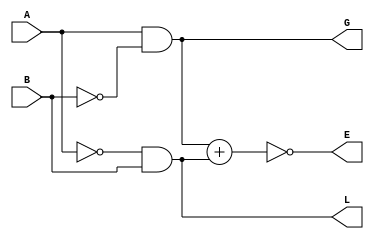
module mag_comp(
    input A,B,
    output L,E,G
    );
	assign G=A&~B;
assign L=~A&B;
assign E=~(G+L);

endmodule